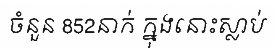
ចំនួន 852នាក់ ក្នុងនោះស្លាប់